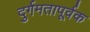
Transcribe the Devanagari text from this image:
दुर्गमतापूर्वक